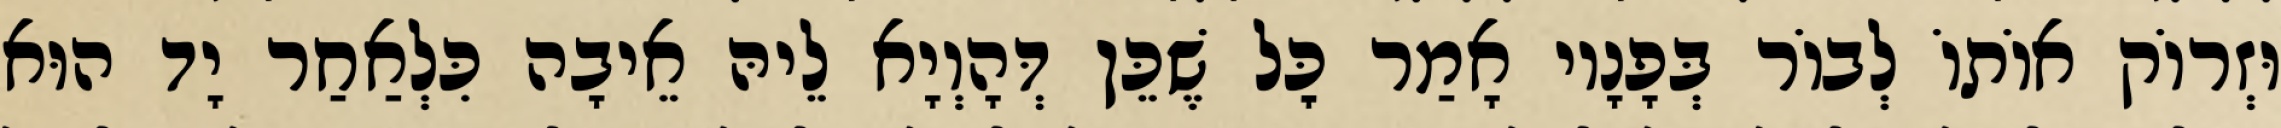
וּזְרוֹק אוֹתוֹ לְבוֹר בְּפָנָיו אָמַר כׇּל שֶׁכֵּן דְּהָוְיָא לֵיהּ אֵיבָה כִּלְאַחַר יָד הוּא